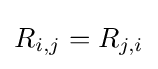
R_{i,j}=R_{j,i}